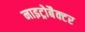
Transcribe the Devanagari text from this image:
नाइट्रोबैक्टर